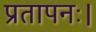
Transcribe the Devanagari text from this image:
प्रतापनः।